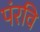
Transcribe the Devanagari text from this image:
पंरवि